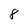
Character: 8